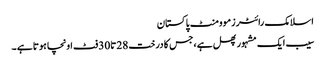
اسلامک رائٹرزموومنٹ پاکستان
سیب ایک مشہور پھل ہے ،جس کا درخت 28تا30فٹ اونچا ہوتا ہے ۔